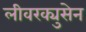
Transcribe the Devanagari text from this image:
लीवरक्युसेन